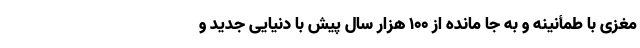
مغزی با طمأنینه و به جا مانده از 100 هزار سال پیش با دنیایی جدید و